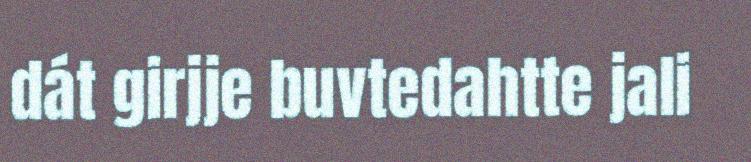
dát girjje buvtedahtte jali